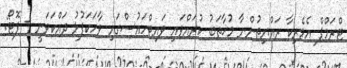
ޓްރަމްޕް އެމެރިކާ ރައްޔިތުންނާ މުޚާތަބު ކުރައްވައި ވައިޓްހައުސްގައި ވާހަކަފުޅު ދައްކަވަނީ - ފޮޓޯ: